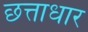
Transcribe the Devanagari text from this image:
छत्ताधार